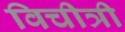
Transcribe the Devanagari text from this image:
विचीत्री